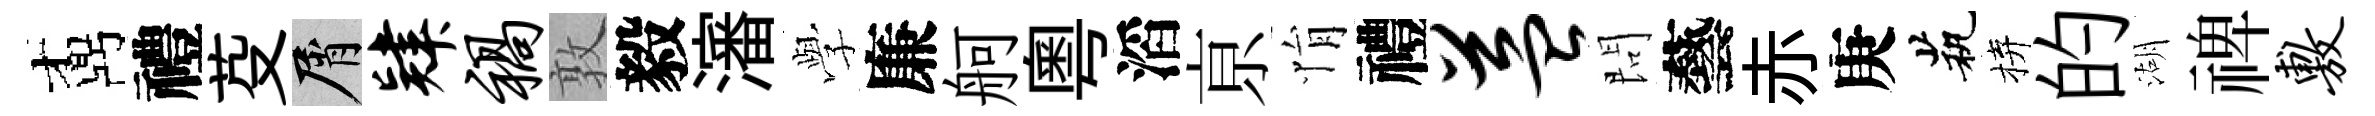
鼒禮芟屑肄祸敦毅瀋𫝯廉舸粵滔亰悁禮益問藝赤庚茕拚的湖禆敷